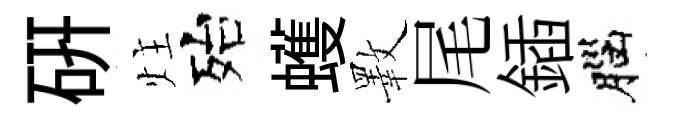
硏炷殆蠖斁尾鍤腦